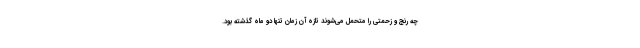
چه رنج و زحمتی را متحمل می‌شوند تازه آن زمان تنها دو ماه گذشته بود.